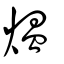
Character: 煴